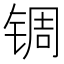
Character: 𬭕